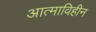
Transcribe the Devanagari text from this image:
आत्माविहीन